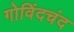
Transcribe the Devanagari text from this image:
गोविंदचंद